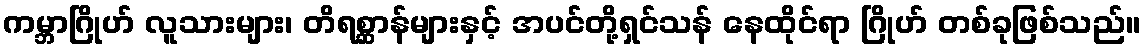
ကမ္ဘာဂြိုဟ် လူသားများ၊ တိရစ္ဆာန်များနှင့် အပင်တို့ရှင်သန် နေထိုင်ရာ ဂြိုဟ် တစ်ခုဖြစ်သည်။